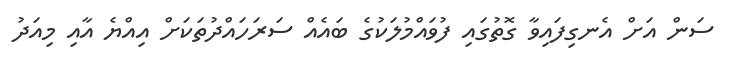
ސަން އަށް އެނގިފައިވާ ގޮތުގައި ފުވައްމުލަކުގެ ބައެއް ސަރަހައްދުތަކަށް އިއްޔެ އާއި މިއަދު